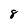
Character: 8